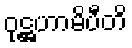
ဝုဋ္ဌဟာမိပီတိ